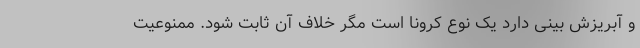
و آبریزش بینی دارد یک نوع کرونا است مگر خلاف آن ثابت شود. ممنوعیت